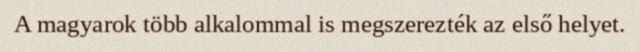
A magyarok több alkalommal is megszerezték az első helyet.